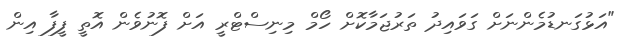
"އަޅުގަނޑުމެންނަށް ގަވައިދު ތަރުޖަމާކޮށް ހޯމް މިނިސްޓްރީ އަށް ފޮނުވެން އޮތީ ފީފާ އިން